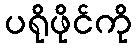
ပရိုဖိုင်ကို